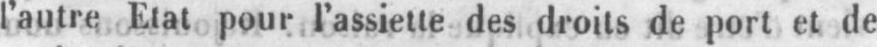
l’autre Etat pour l’assiette des droits de port et de